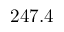
2 4 7 . 4